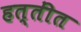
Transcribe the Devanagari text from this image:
हत्तींत